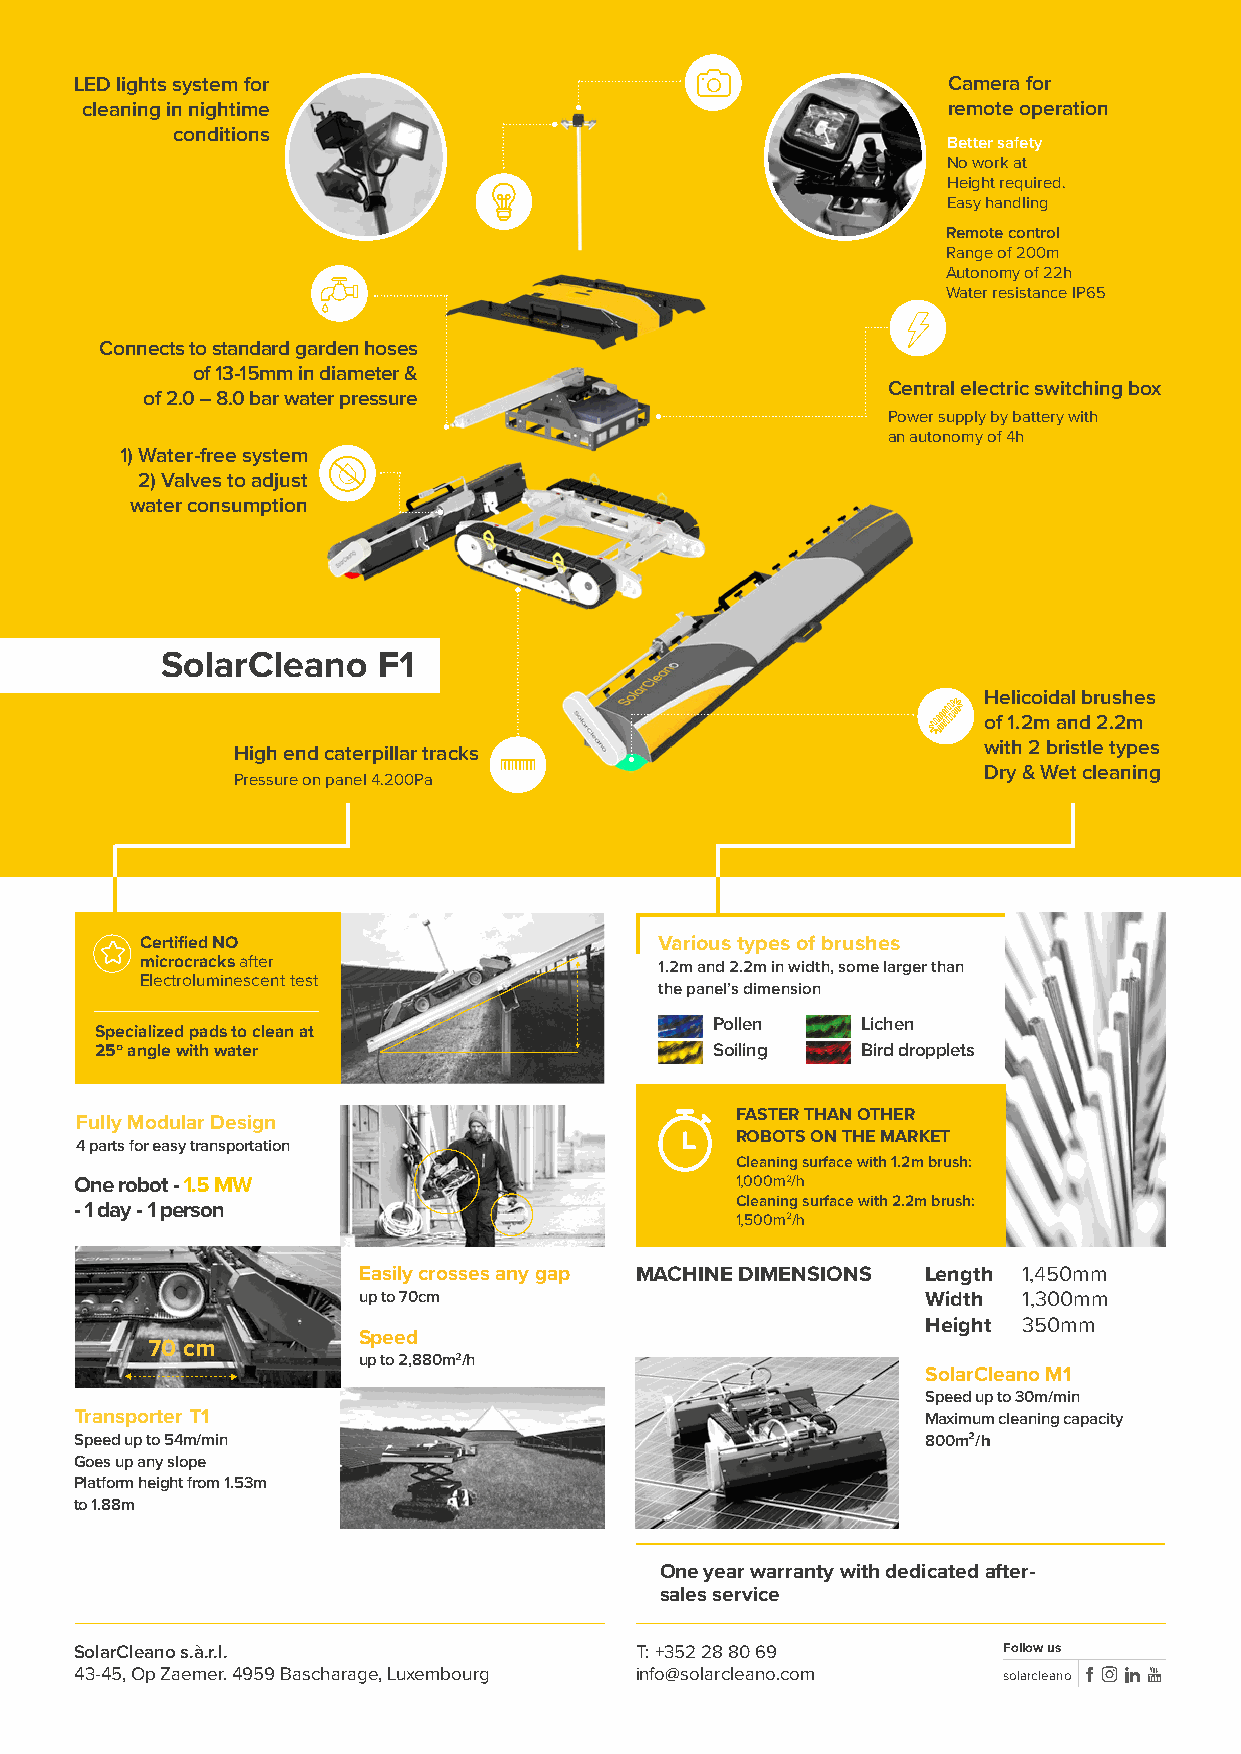
LED lights system for                                     Camera for
 cleaning in nightime                                      remote operation
 conditions
 Better safety
 No work at
 Height required.
 Easy handling
 Remote control
 Range of 200m
 Autonomy of 22h
 Water resistance IP65
 Connects to standard garden hoses
 of 13-15mm in diameter &
 Central electric switching box
 of 2.0 – 8.0 bar water pressure
 Power supply by battery with
 an autonomy of 4h
 1) Water-free system
 2) Valves to adjust
 water consumption
 SolarCleano   F1
 Helicoidal brushes
 of 1.2m and 2.2m
 High end caterpillar tracks                      with 2 bristle types
 Dry & Wet cleaning
 Pressure on panel 4.200Pa
 Certified NO                       Various types of brushes
 microcracks after                  1.2m and 2.2m in width, some larger than
 Electroluminescent test
 the panel’s dimension
 Pollen    Lichen
 Specialized pads to clean at
 25º angle with water                     Soiling   Bird dropplets
 FASTER THAN OTHER
 Fully Modular Design
 ROBOTS ON THE MARKET
 4 parts for easy transportation
 Cleaning surface with 1.2m brush:
 One robot - 1.5 MW                          1,000m2/h
 - 1 day - 1 person                          Cleaning surface with 2.2m brush:
 1,500m2/h
 Easily crosses any gap MACHINE DIMENSIONS Length 1,450mm
 up to 70cm                           Width  1,300mm
 Height 350mm
 Speed
 70 cm
 up to 2,880m2/h
 SolarCleano M1
 Speed up to 30m/min
 Transporter T1                                          Maximum cleaning capacity
 Speed up to 54m/min                                     800m²/h
 Goes up any slope
 Platform height from 1.53m
 to 1.88m
 One year warranty with dedicated a fter-
 sales service
 SolarCleano s.à.r.l.                 T: +352 28 80 69        Follow us
 43-45, Op Zaemer. 4959 Bascharage, Luxembourg info@solarcleano.com solarcleano